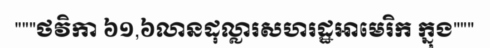
"""ថវិកា ៦១,៦លានដុល្លារសហរដ្ឋអាមេរិក ក្នុង"""